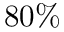
8 0 \%